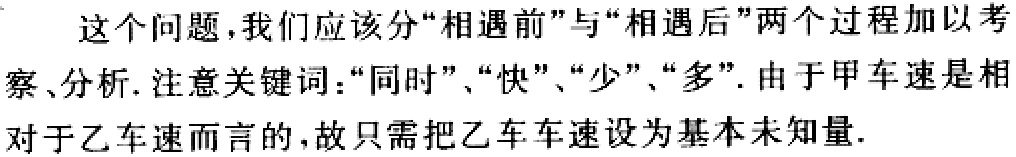
这个问题，我们应该分“相遇前”与“相遇后”两个过程加以考察、分析. 注意关键词：“同时”、“快”、“少”、“多”. 由于甲车速是相对于乙车速而言的，故只需把乙车车速设为基本未知量.